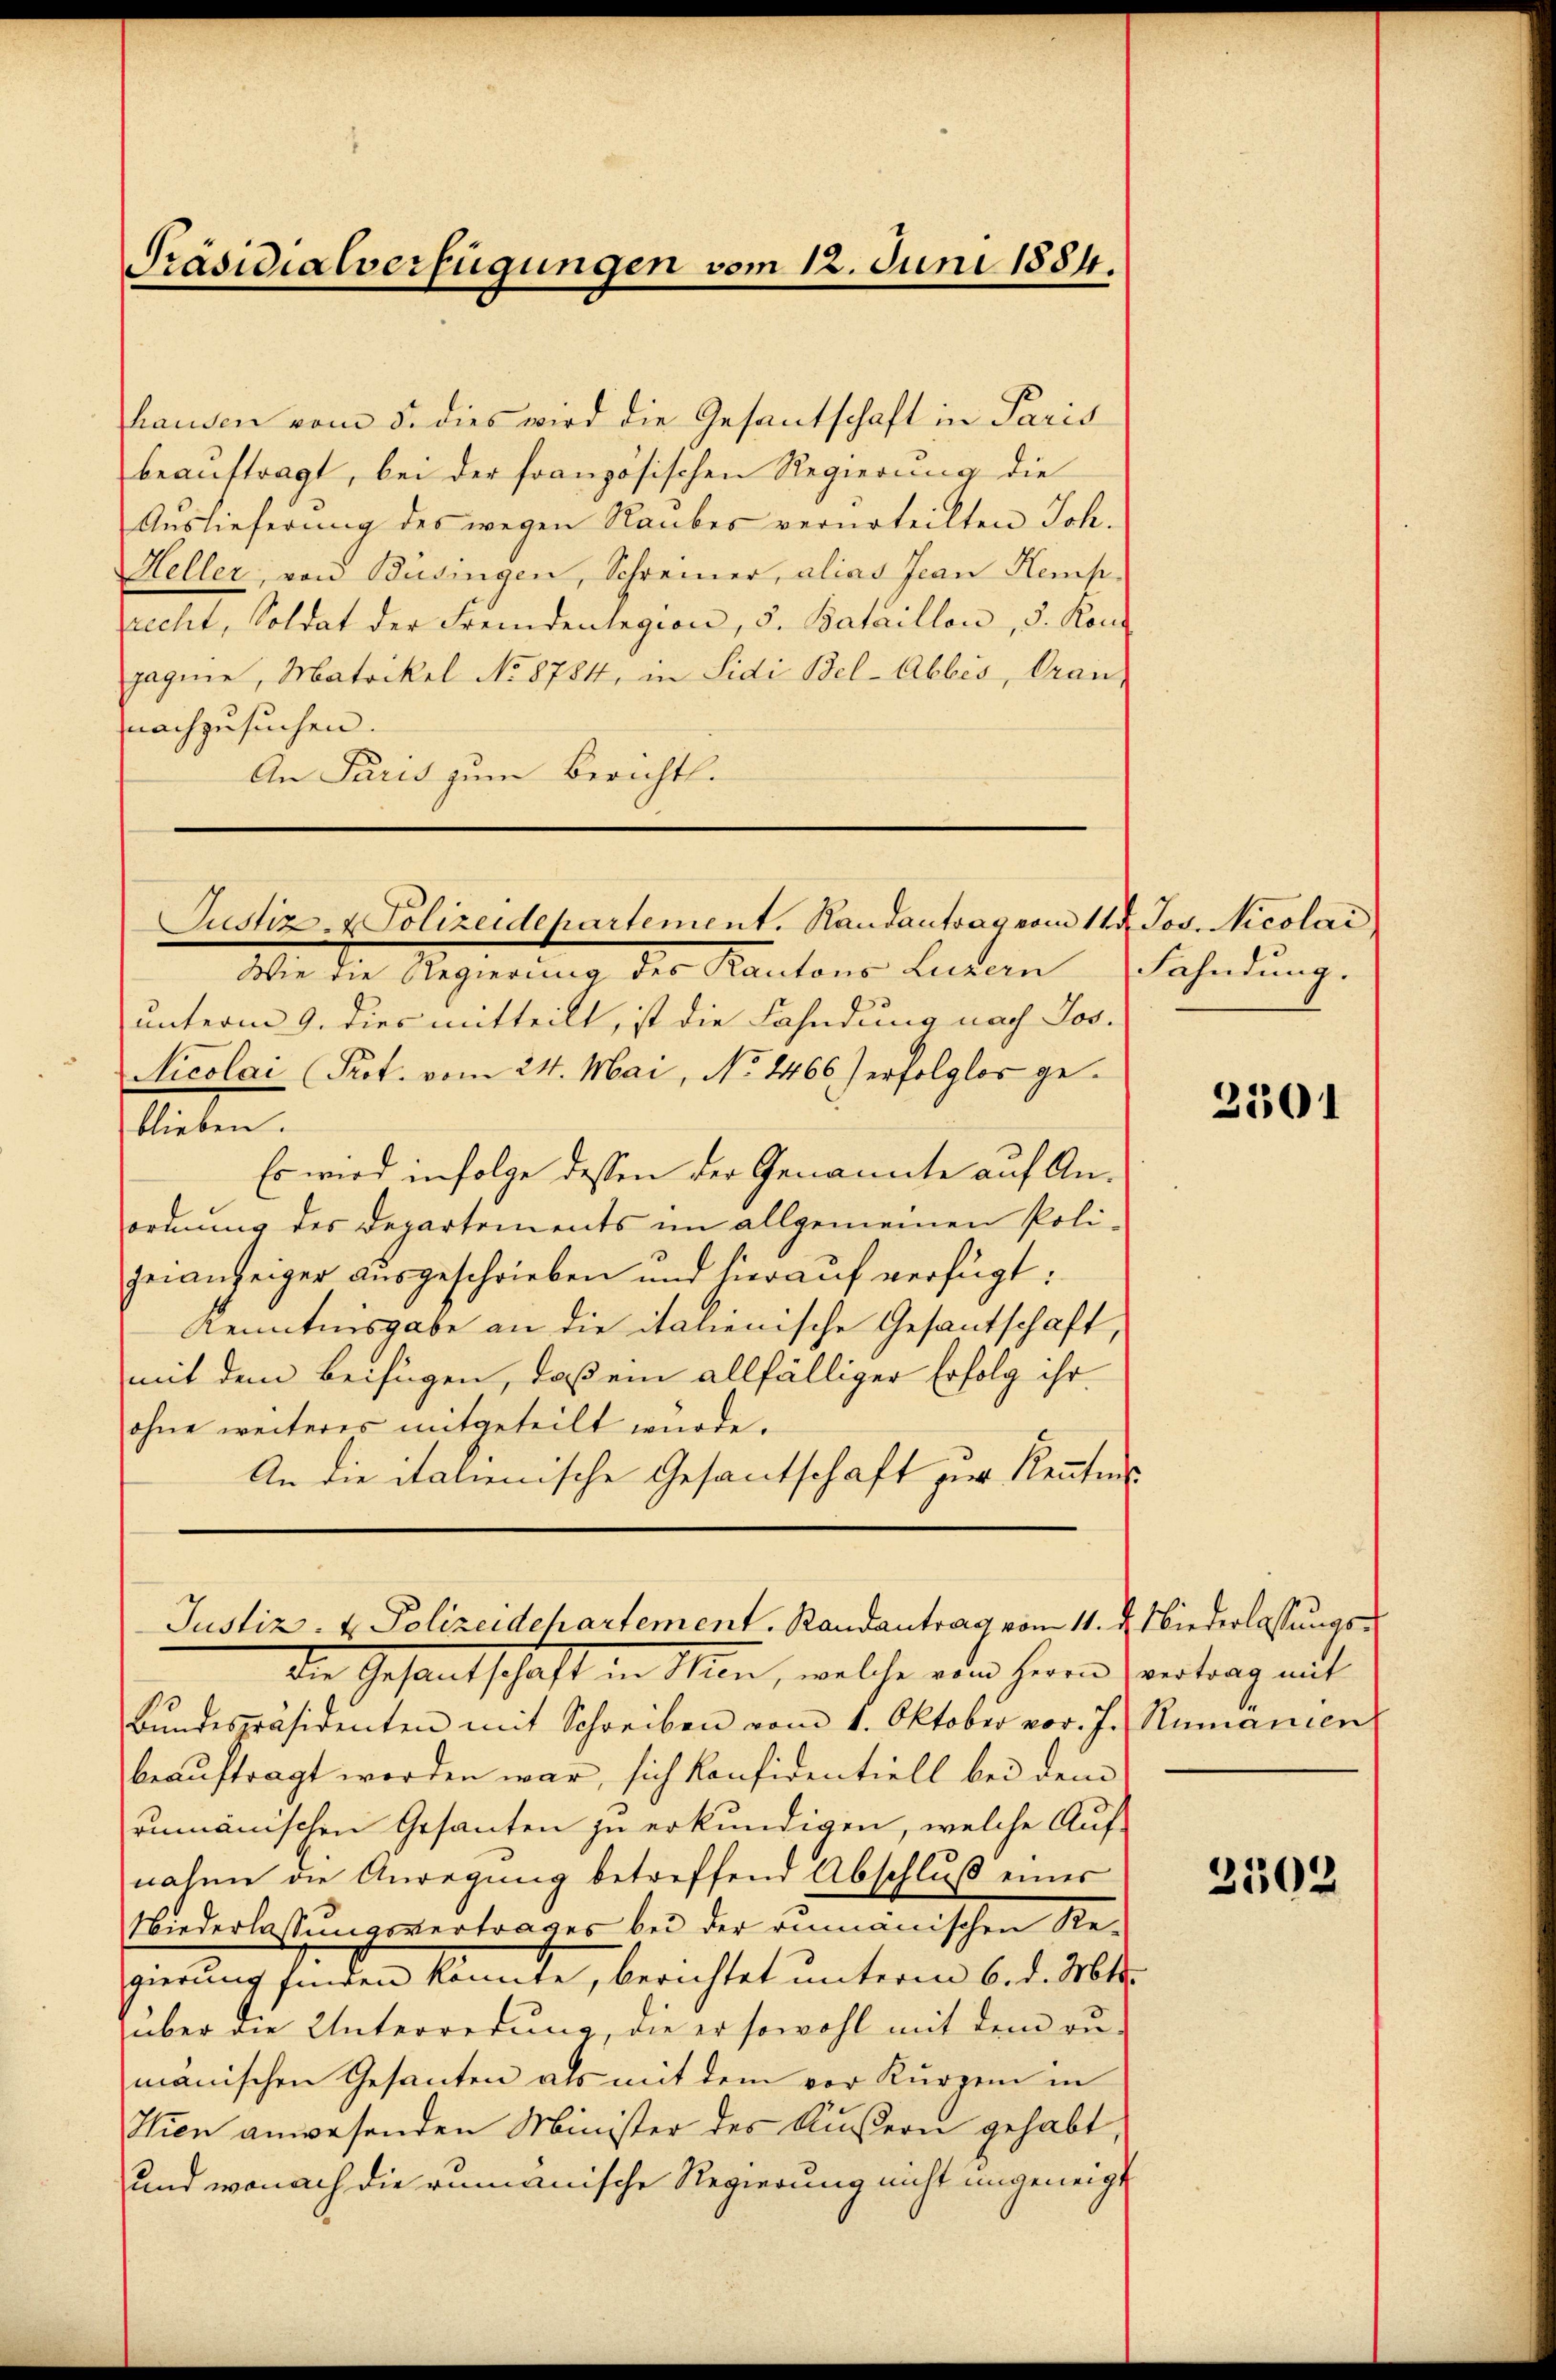
Präsidialverfügungen vom 12. Juni 1884.

hausen vom 5. dies wird die Gesantschaft in Paris
beauftragt, bei der französischen Regierung die
Auslieferung des wegen Raubes verurteilten Joh.
HHeller, von Büsingen, Schreiner, alias Jean Kemp
recht, Soldat der Fremdenlegion, 5. Bataillon, 3. Konz
pagnie, Matrikel No 8784, in Sidi Bel-Abbis, Grau-
nachzusuchen.
An Paris zum Berichtl.

Justiz- & Polizeidehartement, Randantrag vom 14. Jos. Nicolari

Wie die Regierung des Kantons Luzern
unterm 9. dies mitteilt, ist die Fahndung nach Jos.
Nicolai (Prot. vom 24. Mai, No 1466) erfolglos geblieben.
Es wird infolge dessen der Genannte auf Anordnung des Departements im allgemeinen Polizeianzeiger aŭsgeschrieben und hieraŭf verfügt:
Kenntnisgabe an die italienische Gesantschaft,
mit dem Beifügen, daß ein allfälliger Erfolg ihr
ohne weiteres mitgeteilt wurde.
An die italienische Gesantschaft zur Kenntnis
Justiz- & Polizeidchartement. Randantrag vom 11. d. Niederlassungsdie Gesandtschaft in Wien, welche oder Herrn Contrag mit
Bŭndespräsidenten mit Schreiben vom 1. Oktober vor. J. Rumanien
beauftragt werden war, sich konfidentiell bei dem
rumänischen Gesanten zu erkundigen, welche Aufnahme die Anregung betreffend Abschluß eines
Niederlassungsvertrages bei der rumänischen Re-
gierung finden konnte, berichtet unterm 6. d. 261.
über die Unterredung, die er sowohl mit dem ru-
manischen Gesanten als mit dem vor Kurzem in
Thien anwesenden Minister des Äußern gehabt,
und wonach die rumänische Regierung nicht ungeneigt

Fahndung.

3301

3502